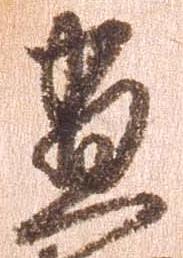
尽